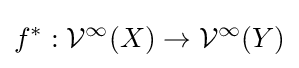
f^{*}:{\mathcal {V}}^{\infty }(X)\to {\mathcal {V}}^{\infty }(Y)